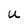
Character: u